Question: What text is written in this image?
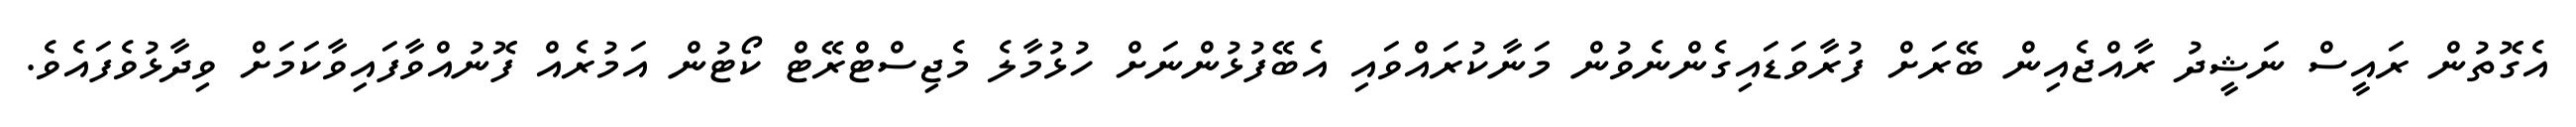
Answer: އެގޮތުން ރައީސް ނަޝީދު ރާއްޖެއިން ބޭރަށް ފުރާވަޑައިގެންނެވުން މަނާކުރައްވައި އެބޭފުޅުންނަށް ހުޅުމާލެ މެޖިސްޓްރޭޓް ކޯޓުން އަމުރެއް ފޮނުއްވާފައިވާކަމަށް ވިދާޅުވެފައެވެ.